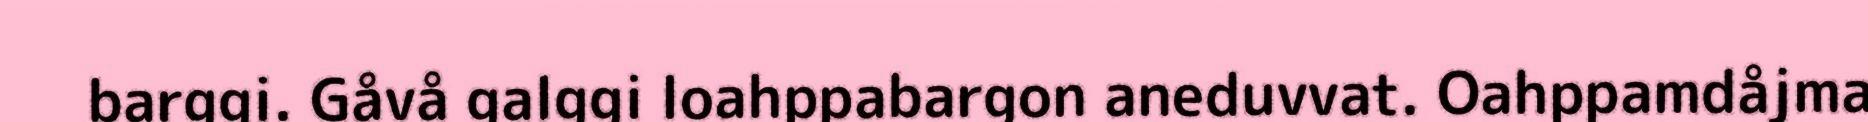
barggi. Gåvå galggi loahppabargon aneduvvat. Oahppamdåjma